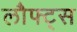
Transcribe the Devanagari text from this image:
लौफ्ट्स